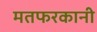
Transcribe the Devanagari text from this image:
मतफरकानी